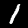
Digit: 1